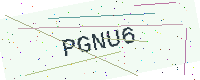
Text: PGNU6